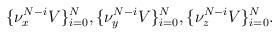
LaTeX: \begin{align*}\lbrace \nu^{N-i}_xV\rbrace_{i=0}^N,\lbrace \nu^{N-i}_yV\rbrace_{i=0}^N,\lbrace \nu^{N-i}_zV\rbrace_{i=0}^N.\end{align*}